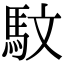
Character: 馼